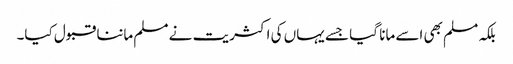
بلکہ مسلم بھی اسے مانا گیا جسے یہاں کی اکثریت نے مسلم ماننا قبول کیا۔